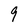
Character: 9